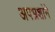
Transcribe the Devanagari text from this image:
अपभ्रशांने